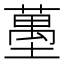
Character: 𰊶